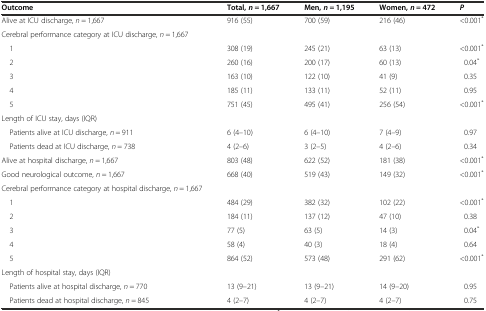
| Outcome | Total,n = 1,667 | Men,n = 1,195 | Women,n = 472 | P |
 | --- | --- | --- | --- | --- |
 | Alive at ICU discharge, n = 1,667 | 916 (55) | 700 (59) | 216 (46) | <0.001* |
 | Cerebral performance category at ICU discharge, n = 1,667 |  |  |  |  |
 | 1 | 308 (19) | 245 (21) | 63 (13) | <0.001* |
 | 2 | 260 (16) | 200 (17) | 60 (13) | 0.04* |
 | 3 | 163 (10) | 122 (10) | 41 (9) | 0.35 |
 | 4 | 185 (11) | 133 (11) | 52 (11) | 0.95 |
 | 5 | 751 (45) | 495 (41) | 256 (54) | <0.001* |
 | Length of ICU stay, days (IQR) |  |  |  |  |
 | Patients alive at ICU discharge, n = 911 | 6 (4–10) | 6 (4–10) | 7 (4–9) | 0.97 |
 | Patients dead at ICU discharge, n = 738 | 4 (2–6) | 3 (2–5) | 4 (2–6) | 0.34 |
 | Alive at hospital discharge, n = 1,667 | 803 (48) | 622 (52) | 181 (38) | <0.001* |
 | Good neurological outcome, n = 1,667 | 668 (40) | 519 (43) | 149 (32) | <0.001* |
 | Cerebral performance category at hospital discharge, n = 1,667 |  |  |  |  |
 | 1 | 484 (29) | 382 (32) | 102 (22) | <0.001* |
 | 2 | 184 (11) | 137 (12) | 47 (10) | 0.38 |
 | 3 | 77 (5) | 63 (5) | 14 (3) | 0.04* |
 | 4 | 58 (4) | 40 (3) | 18 (4) | 0.64 |
 | 5 | 864 (52) | 573 (48) | 291 (62) | <0.001* |
 | Length of hospital stay, days (IQR) |  |  |  |  |
 | Patients alive at hospital discharge, n = 770 | 13 (9–21) | 13 (9–21) | 14 (9–20) | 0.95 |
 | Patients dead at hospital discharge, n = 845 | 4 (2–7) | 4 (2–7) | 4 (2–7) | 0.75 |